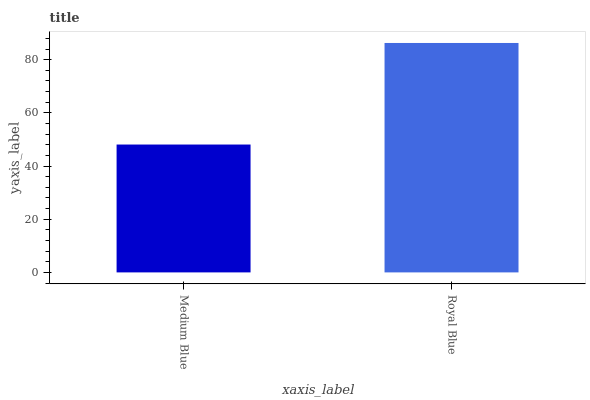
| xaxis_label | bars |
 | --- | --- |
 | Medium Blue | 48.1 |
 | Royal Blue | 86.3 |